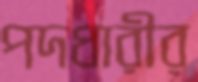
পদধারীর